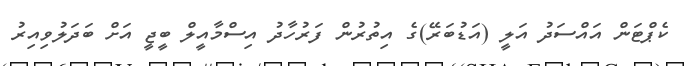
ކެޕްޓަން އައްސަދު އަލީ (އަޑުބަރޭ)ގެ އިތުރުން ފަރުހާދު އިސްމާއީލް ބީޖީ އަށް ބަދަލުވިއިރު